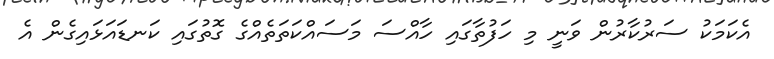
އެކަމަކު ސަރުކާރުން ވަނީ މި ހަފުތާގައި ހާއްސަ މަަސައްކަތަތެއްގެ ގޮތުގައި ކަނޑައަޅައިގެން އެ